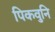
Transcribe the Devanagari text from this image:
पिकवुनि